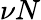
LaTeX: \nu N